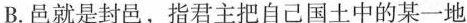
B.邑就是封邑，指君主把自己国土中的某一地